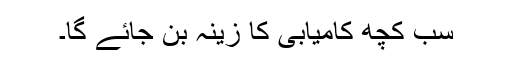
سب کچھ کامیابی کا زینہ بن جائے گا۔